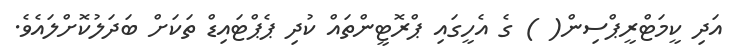
އަދި ކީމަޓްރީޕްސިން( ) ގެ އެހީގައި ޕްރޮޓީންތައް ކުދި ޕެޕްޓައިޑް ތަކަށް ބަދަލުކޮށްލައެވެ.